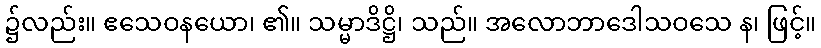
၌လည်း။ ဧသေဝနယော၊ ၏။ သမ္မာဒိဋ္ဌိ၊ သည်။ အလောဘာဒေါသဝသေ န၊ ဖြင့်။